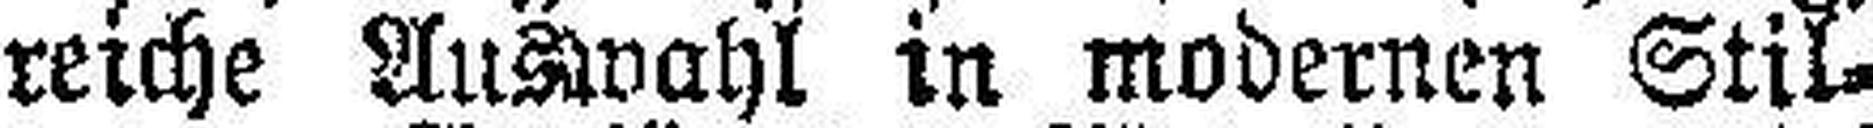
reiche Auswahl in modernen Stil¬